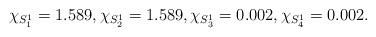
LaTeX: \begin{align*}\chi_{S^1_1} = 1.589, \chi_{S^1_2} = 1.589, \chi_{S^1_3}= 0.002, \chi_{S^1_4} = 0.002.\end{align*}